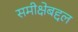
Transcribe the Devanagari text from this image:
समीक्षेबद्दल